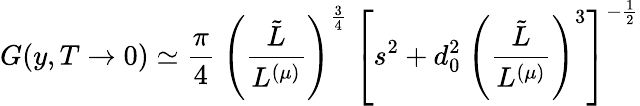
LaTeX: G(y,T\to 0)\simeq{\frac{\pi}{4}}\; \left({\frac{\tilde{L}}{L^{(\mu)}}}\right)^{\frac{3}{4}}~\left[s^{2}+d_{0}^{2}~\left({\frac{\tilde{L}}{L^{(\mu)}}}\right)^{3}\right]^{-{\frac{1}{2}}}